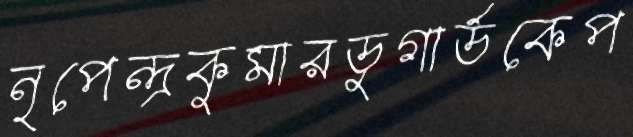
নৃপেন্দ্রকুমারডুগার্ডকেপ